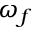
\omega _ { f }